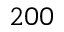
2 0 0